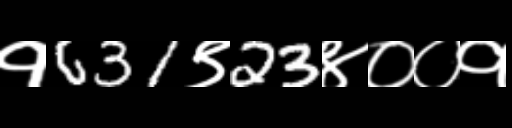
Text: १631९23४००१